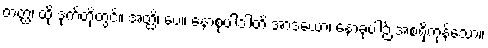
တတ္ထ၊ ထို ဒုက်တို့တွင်။ အတ္ထိ၊ ပေ။ နောစုပါဒါတိ အာဒယော၊ နောခုပါဉ် အစရှိကုန်သော။